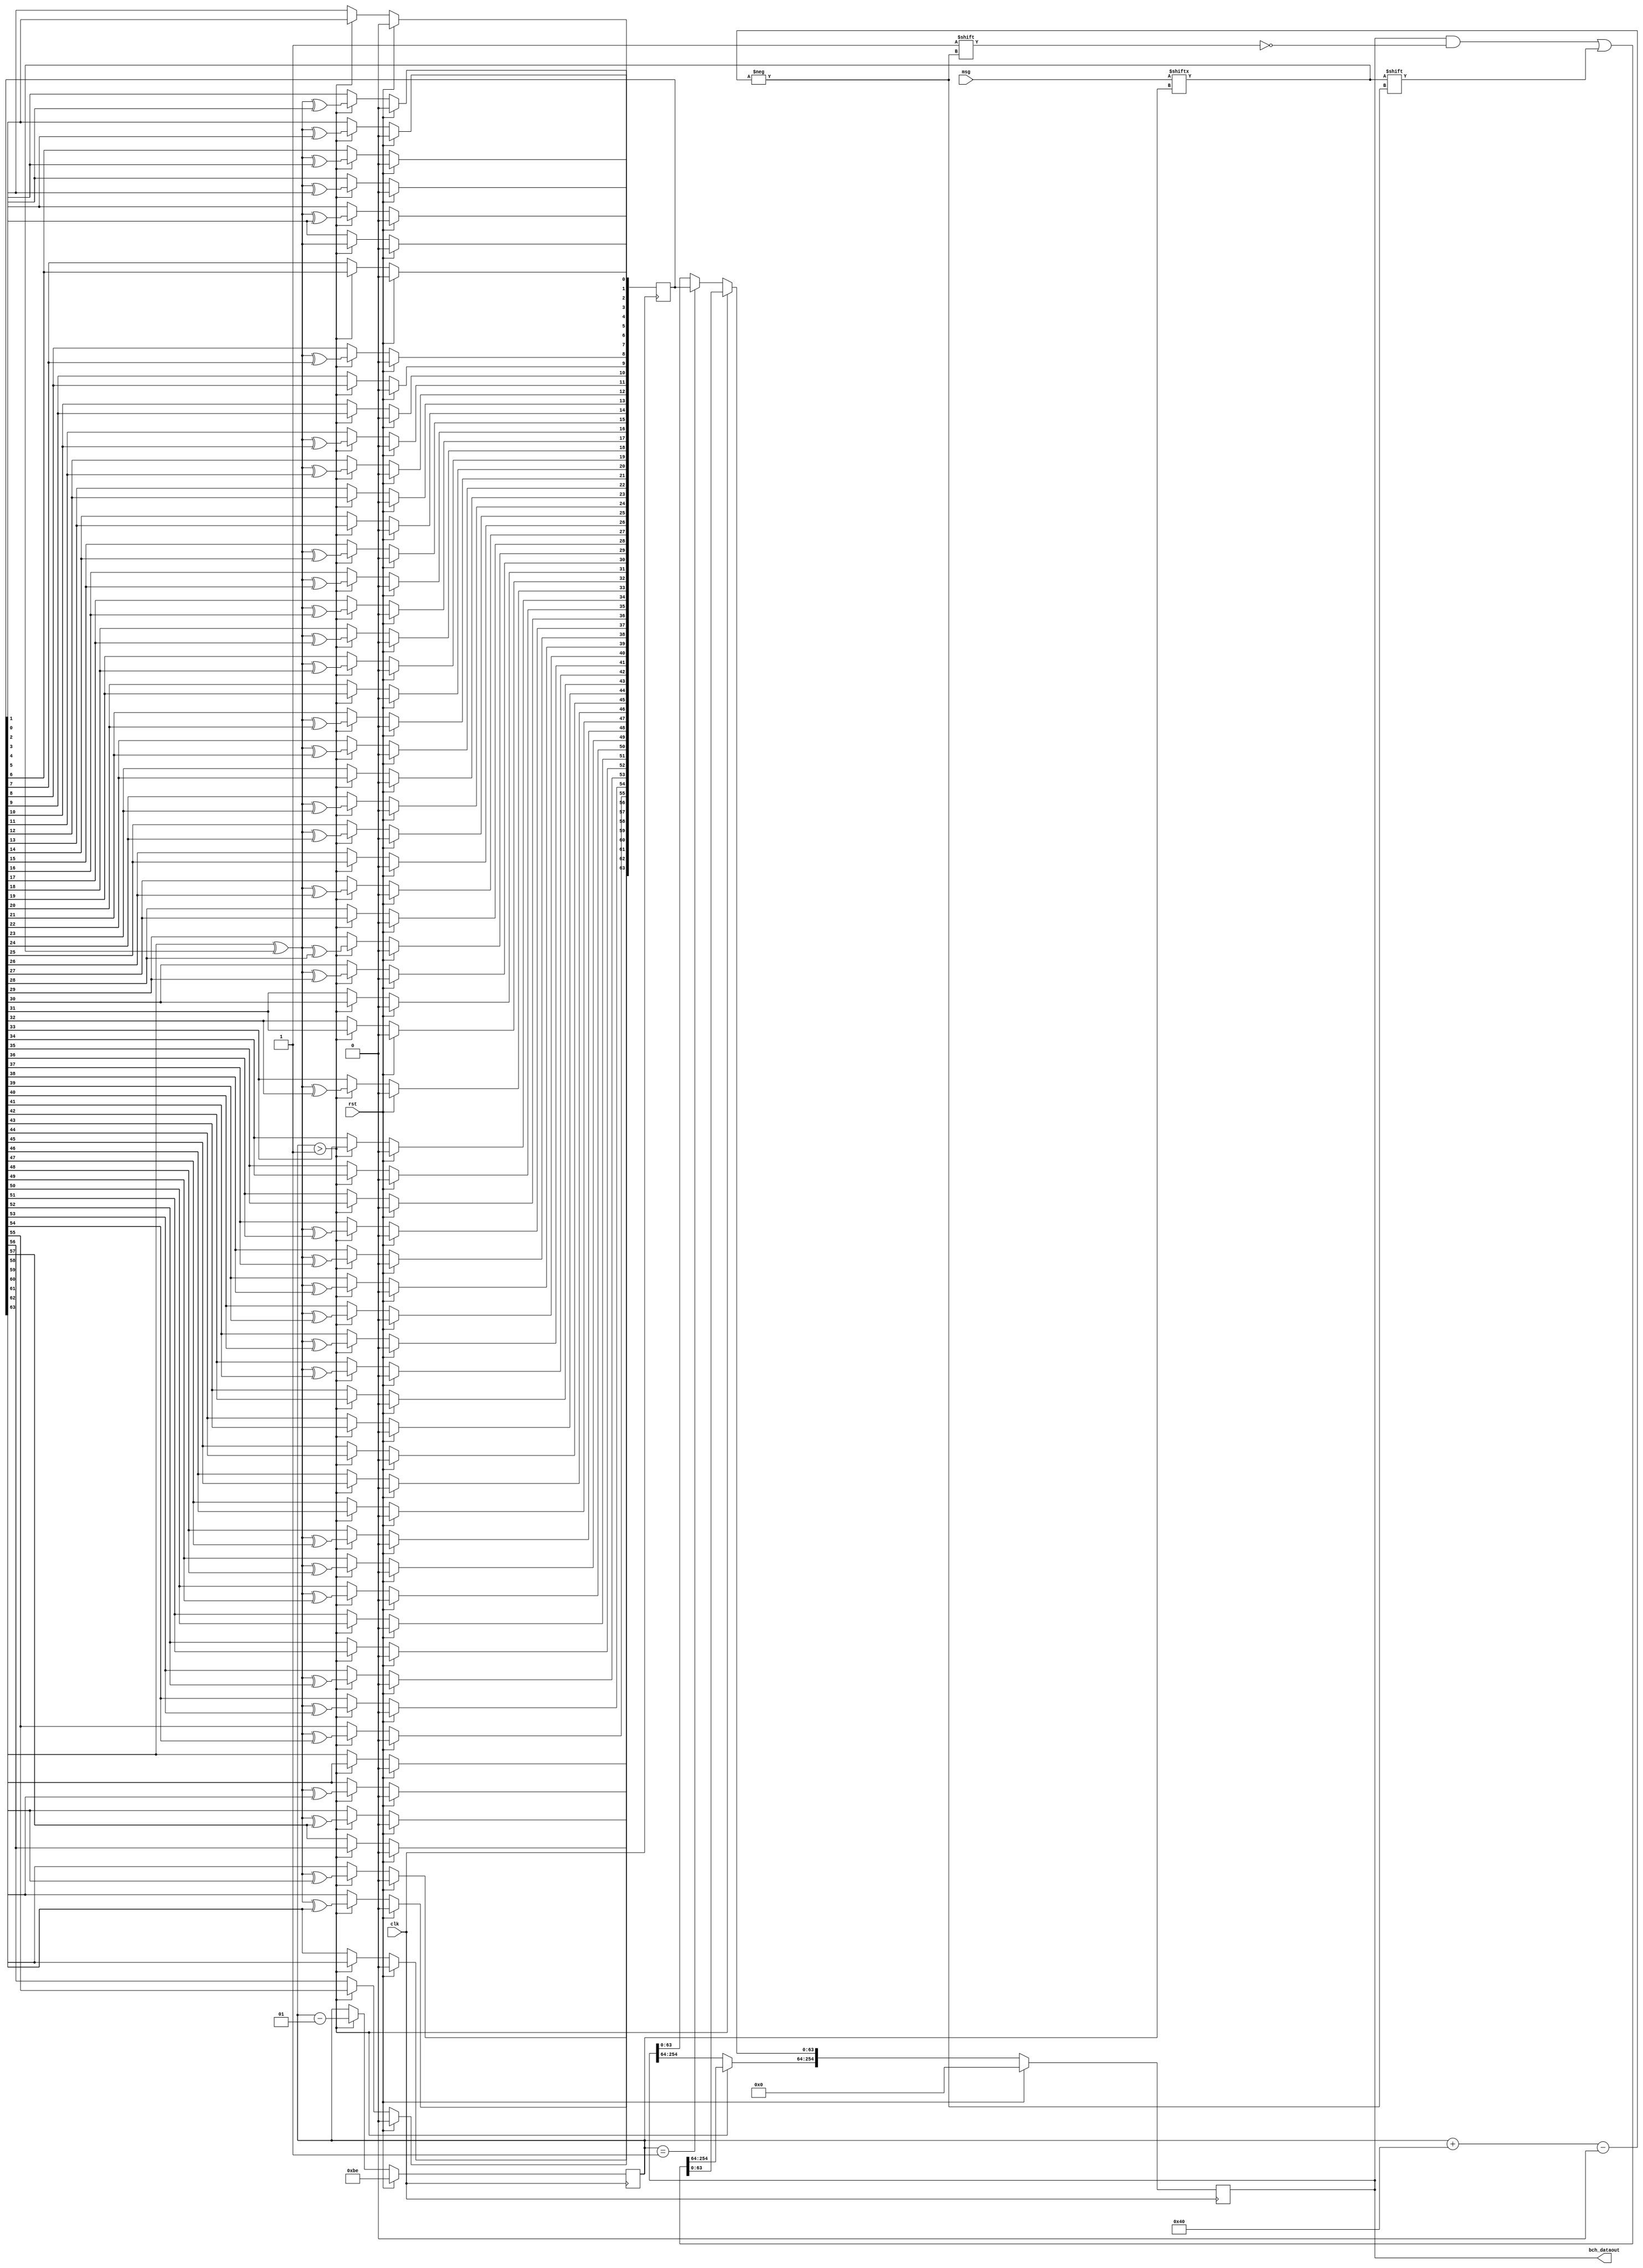
`timescale 1ns / 1ps
//////////////////////////////////////////////////////////////////////////////////
// Company: 
// Engineer: 
// 
// Design Name: 
// Module Name: bch_encoder
// Project Name: 
// Target Devices: 
// Tool Versions: 
// Description: 
// 
// Dependencies: 
// 
// Revision:
// Revision 0.01 - File Created
// Additional Comments:
// 
//////////////////////////////////////////////////////////////////////////////////


module bch_encoder(rst,clk,msg,bch_dataout);
    parameter n = 255;
    parameter k=191;
    input rst;
    input clk;
    input [k-1:0]msg;
  // wire [0:n-k-1]g=64'b1011011001110011100000111111000100110101101101111100110010111011;
    wire [n-k-1:0]g=191'b0110110011100111000001111110001001101011011011111001100101110111;
    output reg [n-1:0] bch_dataout;
    reg [n-k-1:0] D_register;
    reg ui;
    integer i,m,t;
    
    
    
    initial
    begin
        D_register=0;
        bch_dataout=0;
        i=k-1;
    end
    
    
    
    always@(posedge clk)
    begin
        if(rst)
        begin 
            D_register<=0;
            bch_dataout<=0;
            i<=k-1;
        end
        //
        else if (i>-1)
        begin
            ui=msg[i];
            for (t=n-k-1;t>0;t=t-1)
            begin
                D_register[t] <= ( (D_register[n-k-1]^ui)&g[t])^D_register[t-1];
            end
            D_register[0] <= D_register[n-k-1]^ui;
            bch_dataout[i+64] <= ui;
            i=i-1;
        end
        else if(i==-1)
             bch_dataout[n-k-1:0]<= D_register[n-k-1:0];
    end    
endmodule